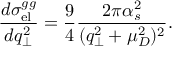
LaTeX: \frac { d \sigma _ { \mathrm { e l } } ^ { g g } } { d q _ { \perp } ^ { 2 } } = \frac { 9 } { 4 } \frac { 2 \pi \alpha _ { s } ^ { 2 } } { ( q _ { \perp } ^ { 2 } + \mu _ { D } ^ { 2 } ) ^ { 2 } } .